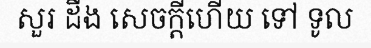
សួរ ដឹង សេចក្តីហើយ ទៅ ទូល